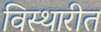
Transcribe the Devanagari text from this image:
विस्थारीत